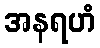
အနရဟံ